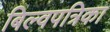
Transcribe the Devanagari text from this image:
बिल्वपत्रिका